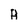
Character: A